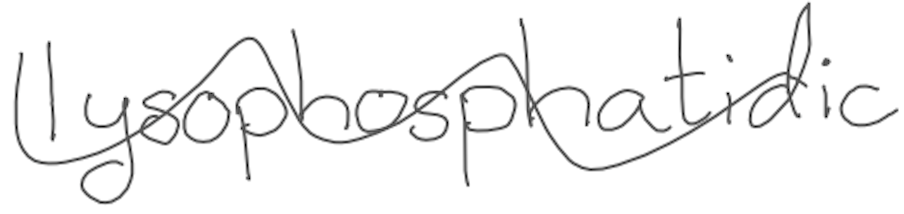
Text: lysophosphatidic
Cross-out: wave
Writing tool: digital_gray